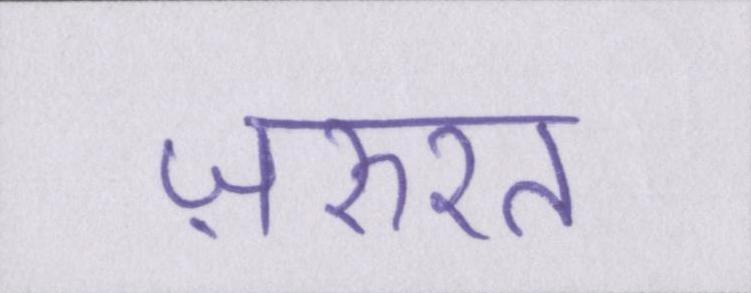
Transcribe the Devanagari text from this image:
ज़रुरत